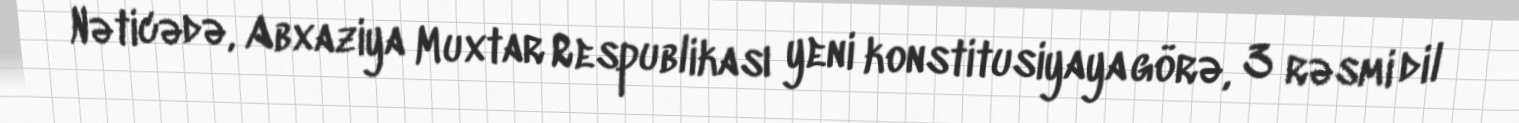
Nəticədə, Abxaziya Muxtar Respublikası yeni konstitusiyaya görə, 3 rəsmi dil